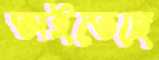
অইতেছে